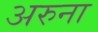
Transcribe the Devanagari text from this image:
अरुना